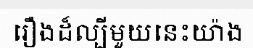
រឿងដ៏ល្បីមួយនេះយ៉ាង